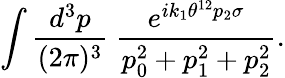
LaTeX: \int\frac{d^{3}p}{(2\pi)^{3}}~\frac{e^{ik_{1}\theta^{12}p_{2}\sigma}}{p_{0}^{2}+p_{1}^{2}+p_{2}^{2}}.